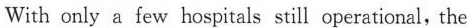
With only a few hospitals still operational,the